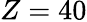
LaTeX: Z=40